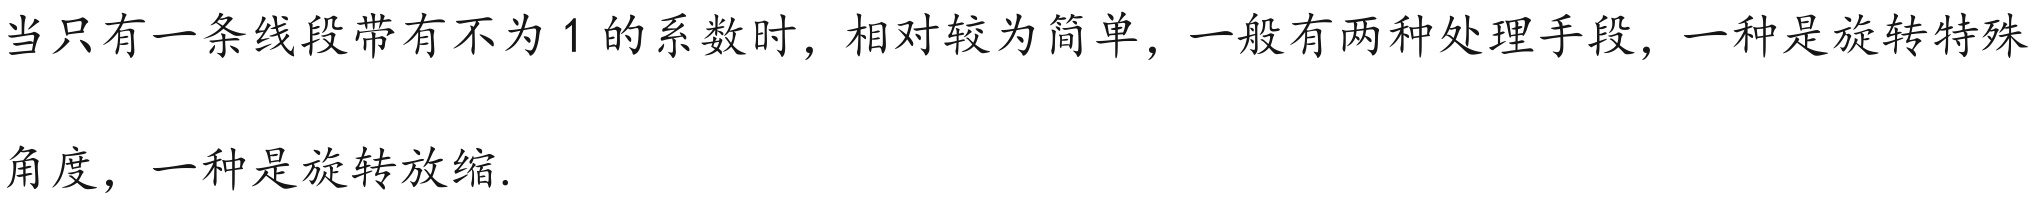
当只有一条线段带有不为 \(1\) 的系数时，相对较为简单，一般有两种处理手段，一种是旋转特殊
角度，一种是旋转放缩.